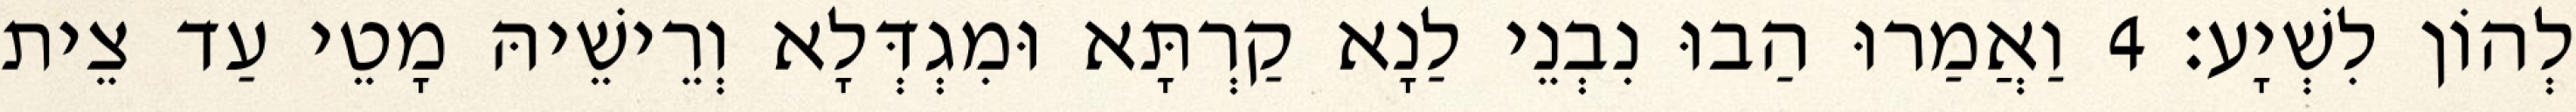
לְהוֹן לִשְׁיָע׃ 4 וַאֲמַרוּ הַבוּ נִבְנֵי לַנָא קַרְתָּא וּמִגְדְּלָא וְרֵישֵׁיהּ מָטֵי עַד צֵית